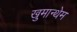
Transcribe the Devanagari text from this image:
खुमान्थेम